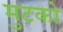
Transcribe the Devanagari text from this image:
मुटको